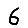
Digit: 6